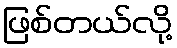
ဖြစ်တယ်လို့